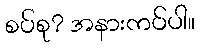
စပ်စု? အနားကပ်ပါ။